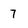
Character: 7